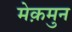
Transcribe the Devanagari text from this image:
मेक़मुन